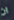
ان